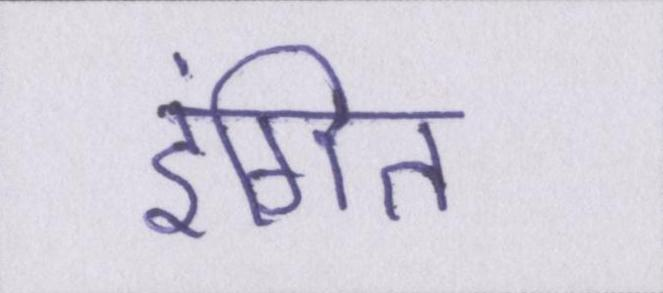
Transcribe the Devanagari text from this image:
इंगित